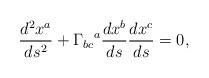
LaTeX: \begin{align*}\frac{d^2 x^a}{d s^2}+\Gamma_{bc}{}^a\frac{d x^b}{d s}\frac{d x^c}{d s} =0,\end{align*}